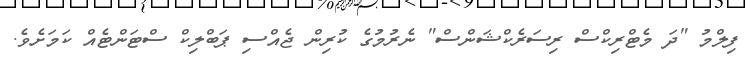
ފިލްމު "ދަ މެޓްރިކްސް ރިސަރެކްޝަންސް" ނެރުމުގެ ކުރިން ޖެއްސި ޕަބްލިކް ސްޓަންޓެއް ކަމަށެވެ.